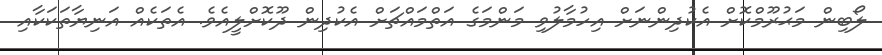
ލޯބިން މަޙުރޫމްކޮށް އެކުދިންނަށް އިހުމާލުވި މަންމަގެ އަތްމައްޗަށް އެކުދިން ދޫކޮށްލީއެވެ. އެތަކެއް އަނިޔާތަކަކާއި